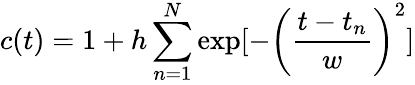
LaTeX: c(t)=1+h\sum_{n=1}^{N}\exp[-\left(\frac{t-t_{n}}{w}\right)^{2}]